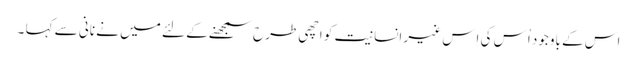
اس کے باوجود اُس کی اِس غیر انسانیت کو اچھی طرح سمجھنے کے لئے میں نے نانی سے کہا ۔